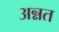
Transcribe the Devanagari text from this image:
अन्नत